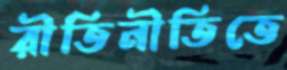
রীতিনীতিতে